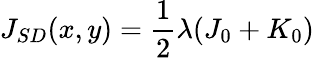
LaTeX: J_{SD}(x,y)=\frac{1}{2}\lambda(J_{0}+K_{0})